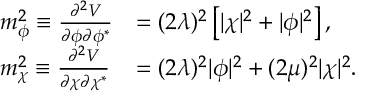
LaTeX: \begin{array} { l l } { { m _ { \phi } ^ { 2 } \equiv \frac { \partial ^ { 2 } V } { \partial \phi \partial \phi ^ { * } } } } & { { = ( 2 \lambda ) ^ { 2 } \left[ | \chi | ^ { 2 } + | \phi | ^ { 2 } \right] , } } \\ { { m _ { \chi } ^ { 2 } \equiv \frac { \partial ^ { 2 } V } { \partial \chi \partial \chi ^ { * } } } } & { { = ( 2 \lambda ) ^ { 2 } | \phi | ^ { 2 } + ( 2 \mu ) ^ { 2 } | \chi | ^ { 2 } . } } \end{array}